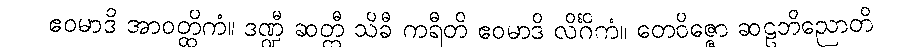
ဧဝမာဒိ အာဝတ္ထိကံ။ ဒဏ္ဍီ ဆတ္တီ သိခီ ကရီတိ ဧဝမာဒိ လိင်္ဂိကံ။ တေဝိဇ္ဇော ဆဠဘိညောတိ